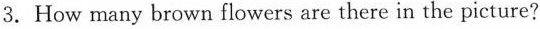
3. How many brown flowers are there in the picture?